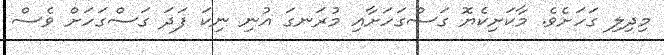
މިދިލި ގަހަށެވެ. މާކަށިކެޔޮ ގަސްގަހަށާއި މުރަނގަ އުނި ނިކަ ފަދަ ގަސްގަހަށް ވެސް